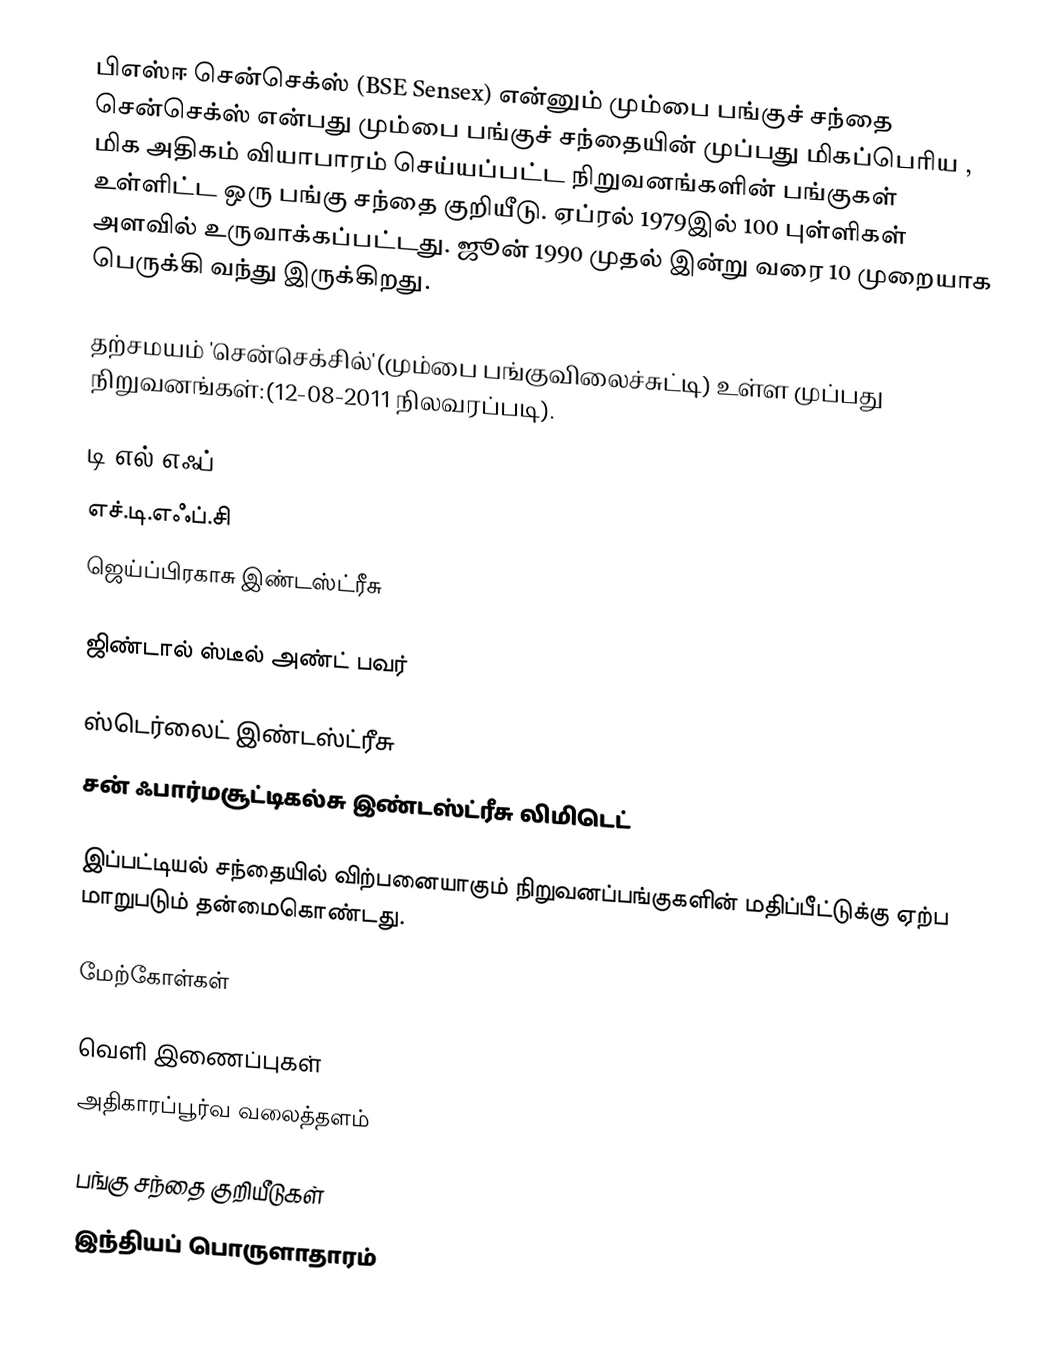
பிஎஸ்ஈ சென்செக்ஸ் (BSE Sensex) என்னும் மும்பை பங்குச் சந்தை சென்செக்ஸ் என்பது மும்பை பங்குச் சந்தையின் முப்பது மிகப்பெரிய , மிக அதிகம் வியாபாரம் செய்யப்பட்ட நிறுவனங்களின் பங்குகள் உள்ளிட்ட ஒரு பங்கு சந்தை குறியீடு. ஏப்ரல் 1979இல் 100 புள்ளிகள் அளவில் உருவாக்கப்பட்டது. ஜூன் 1990 முதல் இன்று வரை 10 முறையாக பெருக்கி வந்து இருக்கிறது.

தற்சமயம் 'சென்செக்சில்'(மும்பை பங்குவிலைச்சுட்டி) உள்ள முப்பது நிறுவனங்கள்:(12-08-2011 நிலவரப்படி).

டி.எல்.எஃப்
எச்.டி.எஃப்.சி
ஜெய்ப்பிரகாசு இண்டஸ்ட்ரீசு

ஜிண்டால் ஸ்டீல் அண்ட் பவர்

ஸ்டெர்லைட் இண்டஸ்ட்ரீசு
சன் ஃபார்மசூட்டிகல்சு இண்டஸ்ட்ரீசு லிமிடெட்

இப்பட்டியல் சந்தையில் விற்பனையாகும் நிறுவனப்பங்குகளின் மதிப்பீட்டுக்கு ஏற்ப மாறுபடும் தன்மைகொண்டது.

மேற்கோள்கள்

வெளி இணைப்புகள்
அதிகாரப்பூர்வ வலைத்தளம்

பங்கு சந்தை குறியீடுகள்
இந்தியப் பொருளாதாரம்